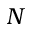
N